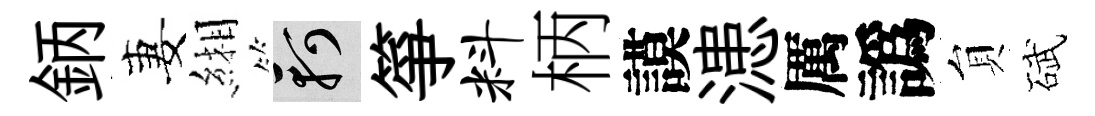
鈵妻緗軻箏料柄謨漶厲譌貟碔